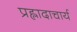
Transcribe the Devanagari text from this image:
प्रह्लादाचार्य